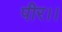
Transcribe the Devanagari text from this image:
पीर।।